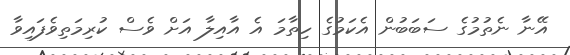
އޭނާ ނެތުމުގެ ސަބަބުން އެކަމުގެ ހިތާމަ އެ އާއިލާ އަށް ވެސް ކުރިމަތިވެފައިވާ